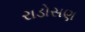
રાડોસણ